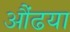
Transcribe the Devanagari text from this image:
औंढया